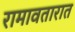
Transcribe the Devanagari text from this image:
रामावतारात